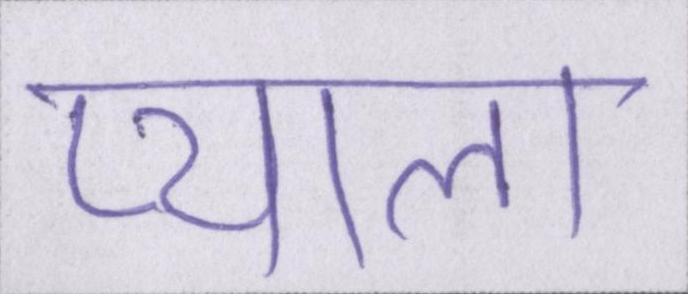
प्याला